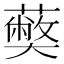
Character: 𮒥